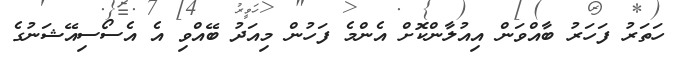
ހަތަރު ފަހަރު ބާއްވަން އިއުލާންކޮށް އެންމެ ފަހުން މިއަދު ބޭއްވި އެ އެސޯސިއޭޝަނުގެ